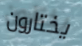
يختارون